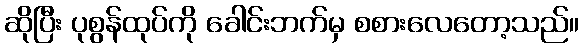
ဆိုပြီး ပုစွန်ထုပ်ကို ခေါင်းဘက်မှ စစားလေတော့သည်။